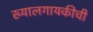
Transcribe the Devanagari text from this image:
ख्यालगायकीची